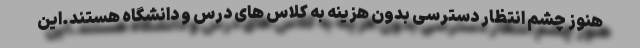
هنوز چشم انتظار دسترسی بدون هزینه به کلاس های درس و دانشگاه هستند.این